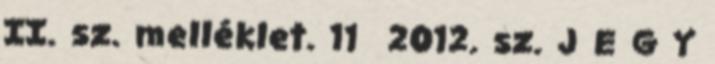
II. sz. melléklet. 11 2012. sz. J E G Y